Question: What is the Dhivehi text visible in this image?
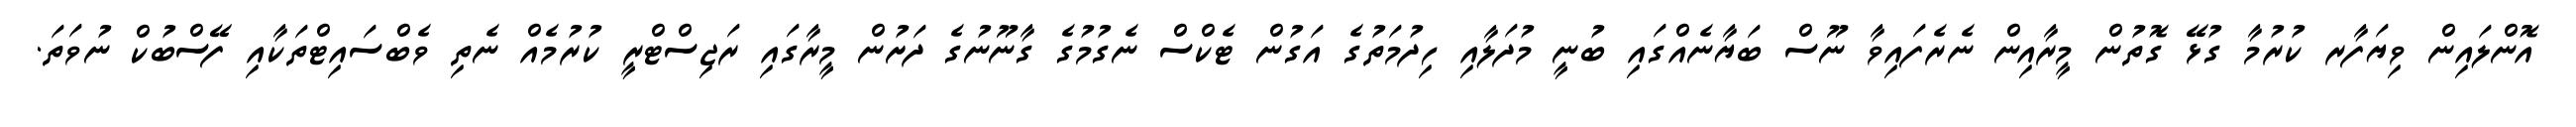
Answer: އޮންލައިން ވިޔަފާރ ކުރުމާ ގުޅޭ ގޮތުން މީރާއިން ނެރެފައިވާ ނޫސް ބަޔާނެއްގައި ބުނީ މުދަލާއި ހިދުމަތުގެ އަގުން ޓެކްސް ނެގުމުގެ ގާނޫނުގެ ދަށުން މީރާގައި ރަޖިސްޓްރީ ކުރުމެއް ނެތި ވެބްސައިޓްތަކާއި ފޭސްބުކް ނުވަތަ.